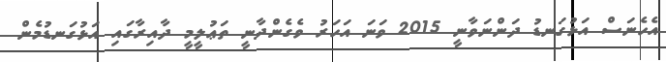
އެހެނަސް އަޅުގަނޑު ދަންނަވާނީ 2015 ވަނަ އަހަރު ވެގެންދާނީ ތަޢުލީމީ ދާއިރާގައި އަޅުގަނޑުމެން